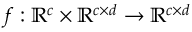
f : \mathbb { R } ^ { c } \times \mathbb { R } ^ { c \times d } \rightarrow \mathbb { R } ^ { c \times d }